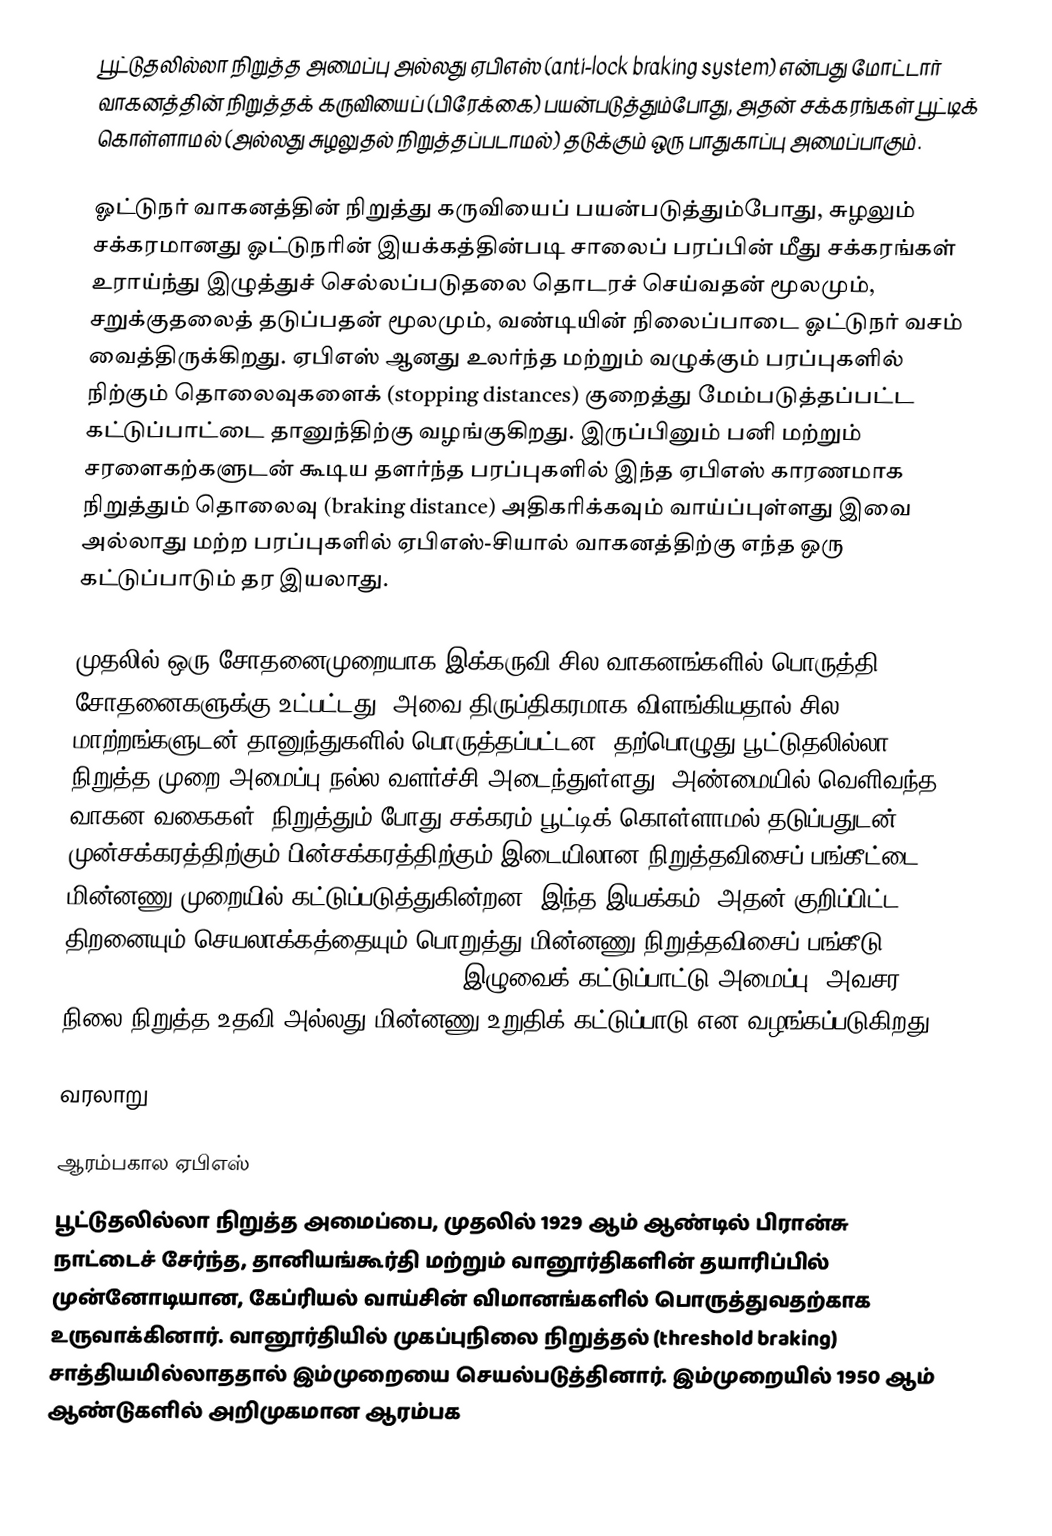
பூட்டுதலில்லா நிறுத்த அமைப்பு அல்லது ஏபிஎஸ் (anti-lock braking system) என்பது மோட்டார் வாகனத்தின் நிறுத்தக் கருவியைப் (பிரேக்கை) பயன்படுத்தும்போது, அதன் சக்கரங்கள் பூட்டிக் கொள்ளாமல் (அல்லது சுழலுதல் நிறுத்தப்படாமல்) தடுக்கும் ஒரு பாதுகாப்பு அமைப்பாகும்.

ஓட்டுநர் வாகனத்தின் நிறுத்து கருவியைப் பயன்படுத்தும்போது, சுழலும் சக்கரமானது ஓட்டுநரின் இயக்கத்தின்படி சாலைப் பரப்பின் மீது சக்கரங்கள் உராய்ந்து இழுத்துச் செல்லப்படுதலை தொடரச் செய்வதன்  மூலமும், சறுக்குதலைத் தடுப்பதன் மூலமும், வண்டியின் நிலைப்பாடை ஓட்டுநர் வசம் வைத்திருக்கிறது. ஏபிஎஸ் ஆனது உலர்ந்த மற்றும் வழுக்கும் பரப்புகளில் நிற்கும் தொலைவுகளைக் (stopping distances) குறைத்து மேம்படுத்தப்பட்ட கட்டுப்பாட்டை தானுந்திற்கு வழங்குகிறது. இருப்பினும் பனி மற்றும் சரளைகற்களுடன் கூடிய தளர்ந்த பரப்புகளில் இந்த ஏபிஎஸ் காரணமாக நிறுத்தும் தொலைவு (braking distance) அதிகரிக்கவும் வாய்ப்புள்ளது இவை அல்லாது மற்ற பரப்புகளில் ஏபிஎஸ்-சியால் வாகனத்திற்கு எந்த ஒரு கட்டுப்பாடும் தர இயலாது.

முதலில் ஒரு சோதனைமுறையாக இக்கருவி சில வாகனங்களில் பொருத்தி சோதனைகளுக்கு உட்பட்டது, அவை திருப்திகரமாக விளங்கியதால் சில மாற்றங்களுடன் தானுந்துகளில் பொருத்தப்பட்டன. தற்பொழுது பூட்டுதலில்லா நிறுத்த முறை அமைப்பு நல்ல வளர்ச்சி அடைந்துள்ளது. அண்மையில் வெளிவந்த வாகன வகைகள், நிறுத்தும் போது சக்கரம் பூட்டிக் கொள்ளாமல் தடுப்பதுடன் முன்சக்கரத்திற்கும் பின்சக்கரத்திற்கும் இடையிலான நிறுத்தவிசைப் பங்கீட்டை மின்னணு முறையில் கட்டுப்படுத்துகின்றன. இந்த இயக்கம், அதன் குறிப்பிட்ட திறனையும் செயலாக்கத்தையும் பொறுத்து மின்னணு நிறுத்தவிசைப் பங்கீடு (Electronic Brakeforce Distribution - EBD), இழுவைக் கட்டுப்பாட்டு அமைப்பு, அவசர நிலை நிறுத்த உதவி அல்லது மின்னணு உறுதிக் கட்டுப்பாடு என வழங்கப்படுகிறது.

வரலாறு

ஆரம்பகால ஏபிஎஸ்
பூட்டுதலில்லா நிறுத்த அமைப்பை, முதலில் 1929 ஆம் ஆண்டில் பிரான்சு நாட்டைச் சேர்ந்த, தானியங்கூர்தி மற்றும் வானூர்திகளின் தயாரிப்பில் முன்னோடியான, கேப்ரியல் வாய்சின் விமானங்களில் பொருத்துவதற்காக உருவாக்கினார். வானூர்தியில் முகப்புநிலை நிறுத்தல் (threshold braking) சாத்தியமில்லாததால் இம்முறையை செயல்படுத்தினார். இம்முறையில் 1950 ஆம் ஆண்டுகளில் அறிமுகமான ஆரம்பக